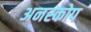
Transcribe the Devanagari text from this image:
अनस्कोप